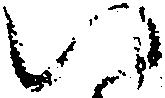
い